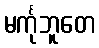
မင်္ကုဘူတေ